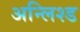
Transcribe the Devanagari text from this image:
अन्लिश्ड